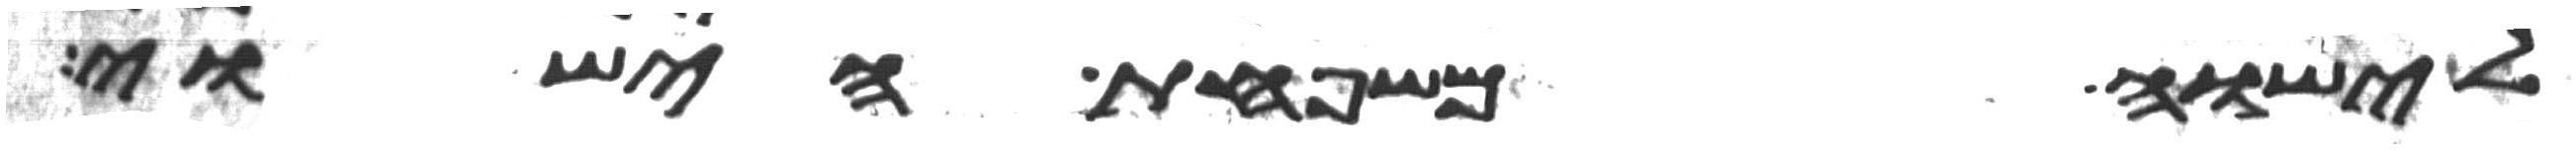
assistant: לישוה משפחת הישוי